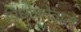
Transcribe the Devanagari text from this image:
पिघलनेवाले